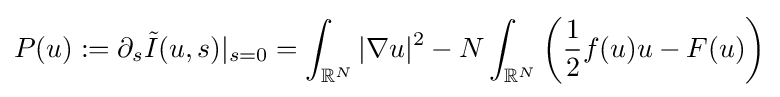
P(u):=\partial _{s}{\tilde {I}}(u,s)|_{s=0}=\int _{\mathbb {R} ^{N}}|\nabla u|^{2}-N\int _{\mathbb {R} ^{N}}\left({\frac {1}{2}}f(u)u-F(u)\right)